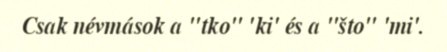
Csak névmások a "tko" 'ki' és a "što" 'mi'.